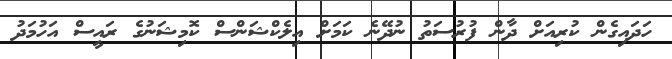
ހަދައިގެން ކުރިއަށް ދާން ފުރުސަތު ނުދޭނެ ކަމަށް އިލެކްޝަންސް ކޮމިޝަނުގެ ރައީސް އަހުމަދު